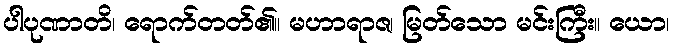
ပါပုဏာတိ၊ ရောက်တတ်၏။ မဟာရာဇ၊ မြတ်သော မင်းကြီး။ ယော၊